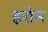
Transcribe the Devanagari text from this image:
इरोन